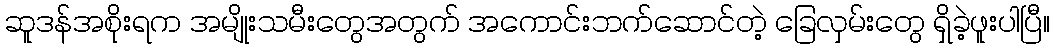
ဆူဒန်အစိုးရက အမျိုးသမီးတွေအတွက် အကောင်းဘက်ဆောင်တဲ့ ခြေလှမ်းတွေ ရှိခဲ့ဖူးပါပြီ။